Necessitous school children, 1924
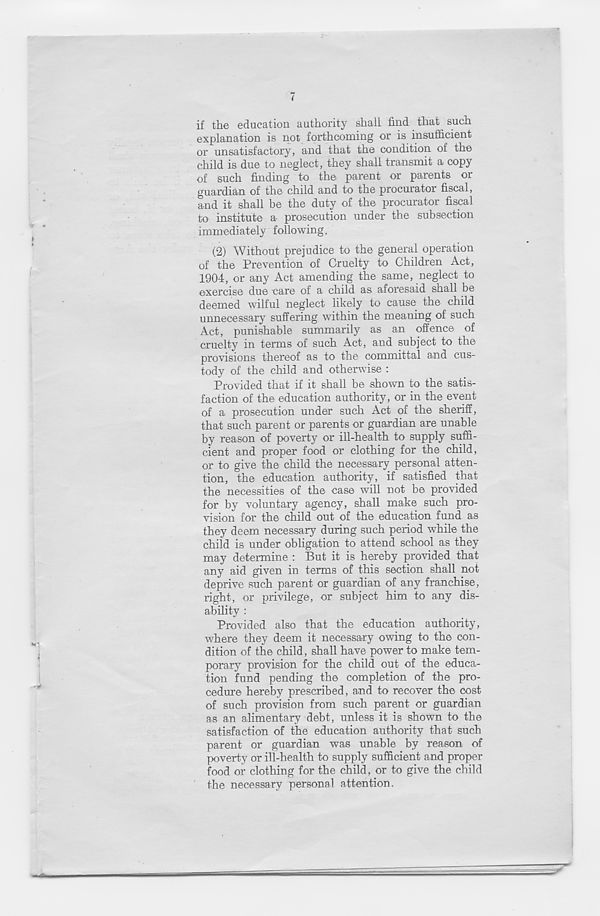
I
if the education authority shall find that^ such
explanation is not forthcoming or is insufficient
or unsatisfactory, and that the condition of the
child is due to neglect, they shall transmit a copy
of such finding to the parent or parents or
guardian of the child and to the procurator fiscal,
and it shall be the duty of the procurator fiscal
to institute a prosecution under the subsection
immediately following.
(2) Without prejudice to the general operation
of the Prevention of Cruelty to Children Act,
1904, or any Act amending the same, neglect to
exercise due care of a child as aforesaid shall be
deemed wilful neglect likely to cause the child
unnecessary suffering within the meaning of such
Act, punishable summarily as an offence of
cruelty in terms of such Act, and subject to the
provisions thereof as to the committal and cus-
tody of the child and otherwise :
Provided that if it shall be shown to the satis-
faction of the education authority, or in the event
of a prosecution under such Act of the sheriff,
that such parent or parents or guardian are unable
by reason of poverty or ill-health to supply suffi-
cient and proper food or clothing for the child,
or to give the child the necessary personal atten-
tion, the education authority, if satisfied that
the necessities of the case will not be provided
for by voluntary agency, shall make such pro-
vision for the child out of the education fund as
they deem necessary during such period while the
child is under obligation to attend school as they
may determine : But it is hereby provided that
any aid given in terms of this section shall not
deprive such parent or guardian of any franchise,
right, or privilege, or subject him to any dis-
ability :
Provided also that the education authority,
where they deem it necessary owing to the con-
dition of the child, shall have power to make tem-
porary provision for the child out of the educa-
tion fund pending the completion of the pro-
cedure hereby prescribed, and to recover the cost
of such provision from such parent or guardian
as an alimentary debt, unless it is shown to the
satisfaction of the education authority that such
parent or guardian was unable by reason of
poverty or ill-health to supply sufficient and proper
food or clothing for the child, or to give the child
the necessary personal attention.